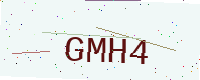
Text: GMH4